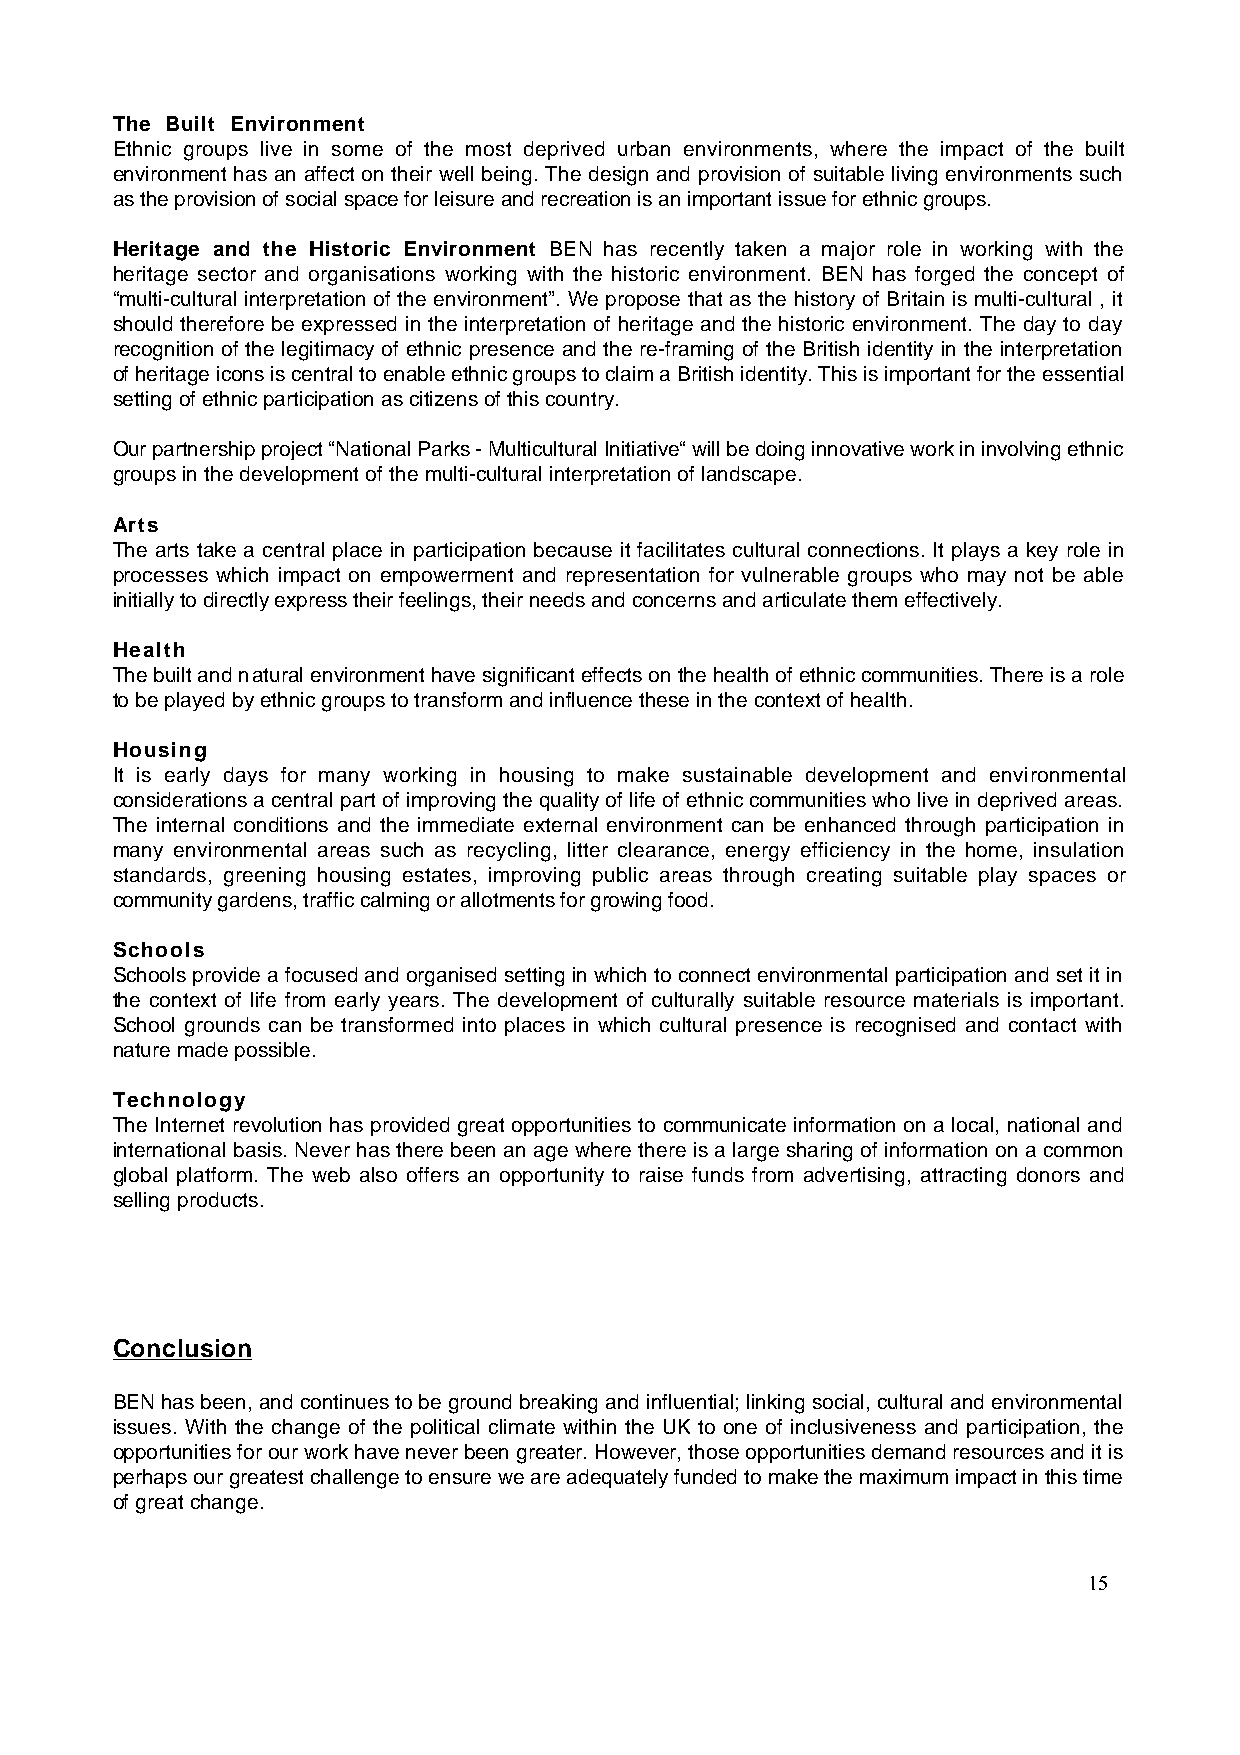
The Built Environment
 Ethnic groups live in some of the most deprived urban environments, where the impact of the built
 environment has an affect on their well being. The design and provision of suitable living environments such
 as the provision of social space for leisure and recreation is an important issue for ethnic groups.
 Heritage and the Historic Environment BEN has recently taken a major role in working with the
 heritage sector and organisations working with the historic environment. BEN has forged the concept of
 “multi-cultural interpretation of the environment”. We propose that as the history of Britain is multi-cultural , it
 should therefore be expressed in the interpretation of heritage and the historic environment. The day to day
 recognition of the legitimacy of ethnic presence and the re-framing of the British identity in the interpretation
 of heritage icons is central to enable ethnic groups to claim a British identity. This is important for the essential
 setting of ethnic participation as citizens of this country.
 Our partnership project “National Parks - Multicultural Initiative“ will be doing innovative work in involving ethnic
 groups in the development of the multi-cultural interpretation of landscape.
 Arts
 The arts take a central place in participation because it facilitates cultural connections. It plays a key role in
 processes which impact on empowerment and representation for vulnerable groups who may not be able
 initially to directly express their feelings, their needs and concerns and articulate them effectively.
 Health
 The built and natural environment have significant effects on the health of ethnic communities. There is a role
 to be played by ethnic groups to transform and influence these in the context of health.
 Housing
 It is early days for many working in housing to make sustainable development and environmental
 considerations a central part of improving the quality of life of ethnic communities who live in deprived areas.
 The internal conditions and the immediate external environment can be enhanced through participation in
 many environmental areas such as recycling, litter clearance, energy efficiency in the home, insulation
 standards, greening housing estates, improving public areas through creating suitable play spaces or
 community gardens, traffic calming or allotments for growing food.
 Schools
 Schools provide a focused and organised setting in which to connect environmental participation and set it in
 the context of life from early years. The development of culturally suitable resource materials is important.
 School grounds can be transformed into places in which cultural presence is recognised and contact with
 nature made possible.
 Technology
 The Internet revolution has provided great opportunities to communicate information on a local, national and
 international basis. Never has there been an age where there is a large sharing of information on a common
 global platform. The web also offers an opportunity to raise funds from advertising, attracting donors and
 selling products.
 Conclusion
 BEN has been, and continues to be ground breaking and influential; linking social, cultural and environmental
 issues. With the change of the political climate within the UK to one of inclusiveness and participation, the
 opportunities for our work have never been greater. However, those opportunities demand resources and it is
 perhaps our greatest challenge to ensure we are adequately funded to make the maximum impact in this time
 of great change.
 15